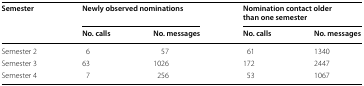
<table><thead><tr><td rowspan="2"><b>Semester</b></td><td colspan="2"><b>Newly observed nominations</b></td><td colspan="2"><b>Nomination contact older than one semester</b></td></tr><tr><td><b>No. calls</b></td><td><b>No. messages</b></td><td><b>No. calls</b></td><td><b>No. messages</b></td></tr></thead><tbody><tr><td>Semester 2</td><td>6</td><td>57</td><td>61</td><td>1340</td></tr><tr><td>Semester 3</td><td>63</td><td>1026</td><td>172</td><td>2447</td></tr><tr><td>Semester 4</td><td>7</td><td>256</td><td>53</td><td>1067</td></tr></tbody></table>